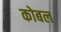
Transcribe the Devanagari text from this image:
कोबल